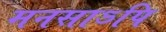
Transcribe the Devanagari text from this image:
मनसाऽपि